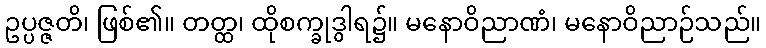
ဥပ္ပဇ္ဇတိ၊ ဖြစ်၏။ တတ္ထ၊ ထိုစက္ခုဒွါရ၌။ မနောဝိညာဏံ၊ မနောဝိညာဉ်သည်။